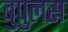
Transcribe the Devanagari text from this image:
बुपुलस